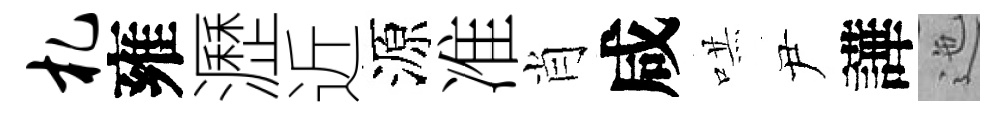
札雍瀝近源准肖咸哄尹譁迤